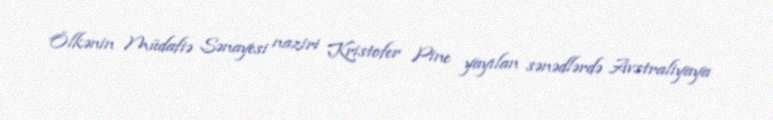
Ölkənin Müdafiə Sənayesi naziri Kristofer Pine yayılan sənədlərdə Avstraliyaya